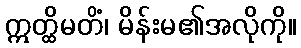
ဣတ္ထိမတိံ၊ မိန်းမ၏အလိုကို။